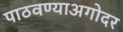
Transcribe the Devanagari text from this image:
पाठवण्याअगोदर